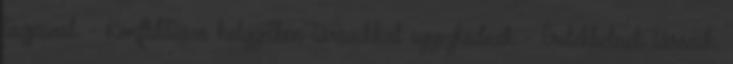
tagjaival. - Konfliktusos helyzetben társaikkal egyezkednek - Érdeklıdnek társaik,